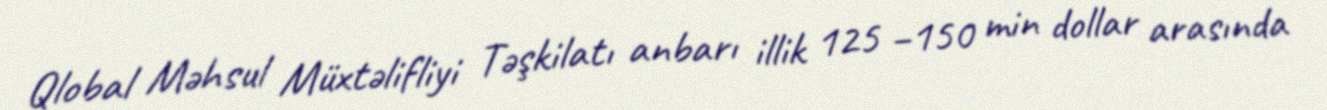
Qlobal Məhsul Müxtəlifliyi Təşkilatı anbarı illik 125 −150 min dollar arasında